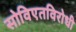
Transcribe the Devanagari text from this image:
सोविएतविरोधी